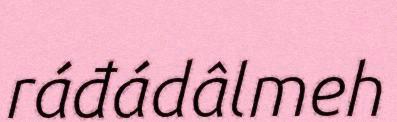
ráđádâlmeh